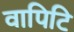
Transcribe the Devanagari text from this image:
वापिटि